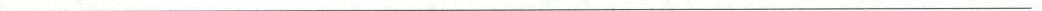
___